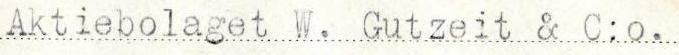
Aktiebolaget W. Gutzeit & C:o.